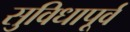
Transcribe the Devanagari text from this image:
सुविधापूर्व